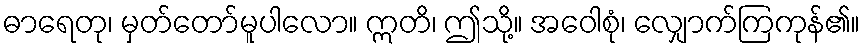
ဓာရေတု၊ မှတ်တော်မူပါလော။ ဣတိ၊ ဤသို့။ အဝေါစုံ၊ လျှောက်ကြကုန်၏။